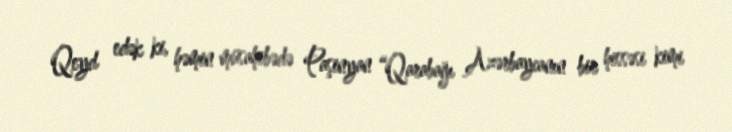
Qeyd edək ki, həmin müsahibədə Paşinyan “Qarabağı Azərbaycanın bir hissəsi kimi